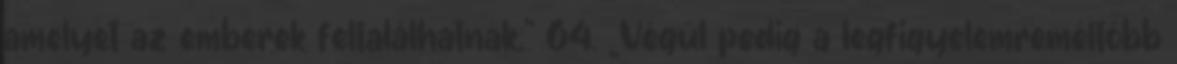
amelyet az emberek feltalálhatnak.” 64. „Végül pedig a legfigyelemreméltóbb